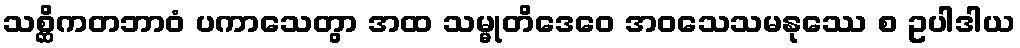
သစ္ဆိကတဘာဝံ ပကာသေတွာ အထ သမ္မုတိဒေဝေ အဝသေသမနုဿေ စ ဥပါဒါယ